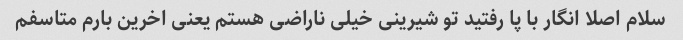
سلام اصلا انگار با پا رفتید تو شیرینی خیلی ناراضی هستم یعنی اخرین بارم متاسفم